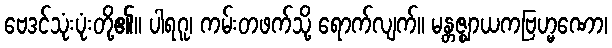
ဗေဒင်သုံးပုံးတို့၏။ ပါရဂူ၊ ကမ်းတဖက်သို့ ရောက်လျက်။ မန္တဇ္ဈာယကဗြဟ္မဏော၊